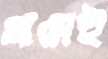
গ্রামেই